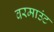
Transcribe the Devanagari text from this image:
वरमाउंट